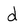
Character: d